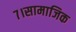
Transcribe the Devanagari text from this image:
७।सामाजिक